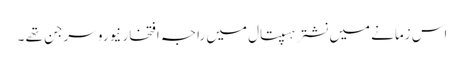
اس زمانے میں نشتر ہسپتال میں راجہ افتخار نیورو سرجن تھے ۔